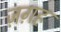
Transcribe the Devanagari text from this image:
ज़ग़ह